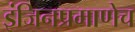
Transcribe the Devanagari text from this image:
इंजिनप्रमाणेच